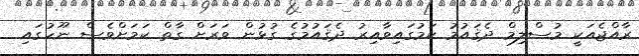
ރާއްޖެއަކީ މުސްލިމް ދެޤައުމު ކަމުގައިވާއިރު ދެޤައުމުގެ ގުޅުން ވަރަށް ގާތް ކަމަށްވެސް ނޫހުގައި